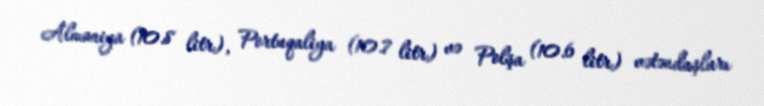
Almaniya (10.8 litr), Portuqaliya (10.7 litr) və Polşa (10.6 litr) vətəndaşları